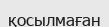
қосылмаған